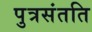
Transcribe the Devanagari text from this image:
पुत्रसंतति